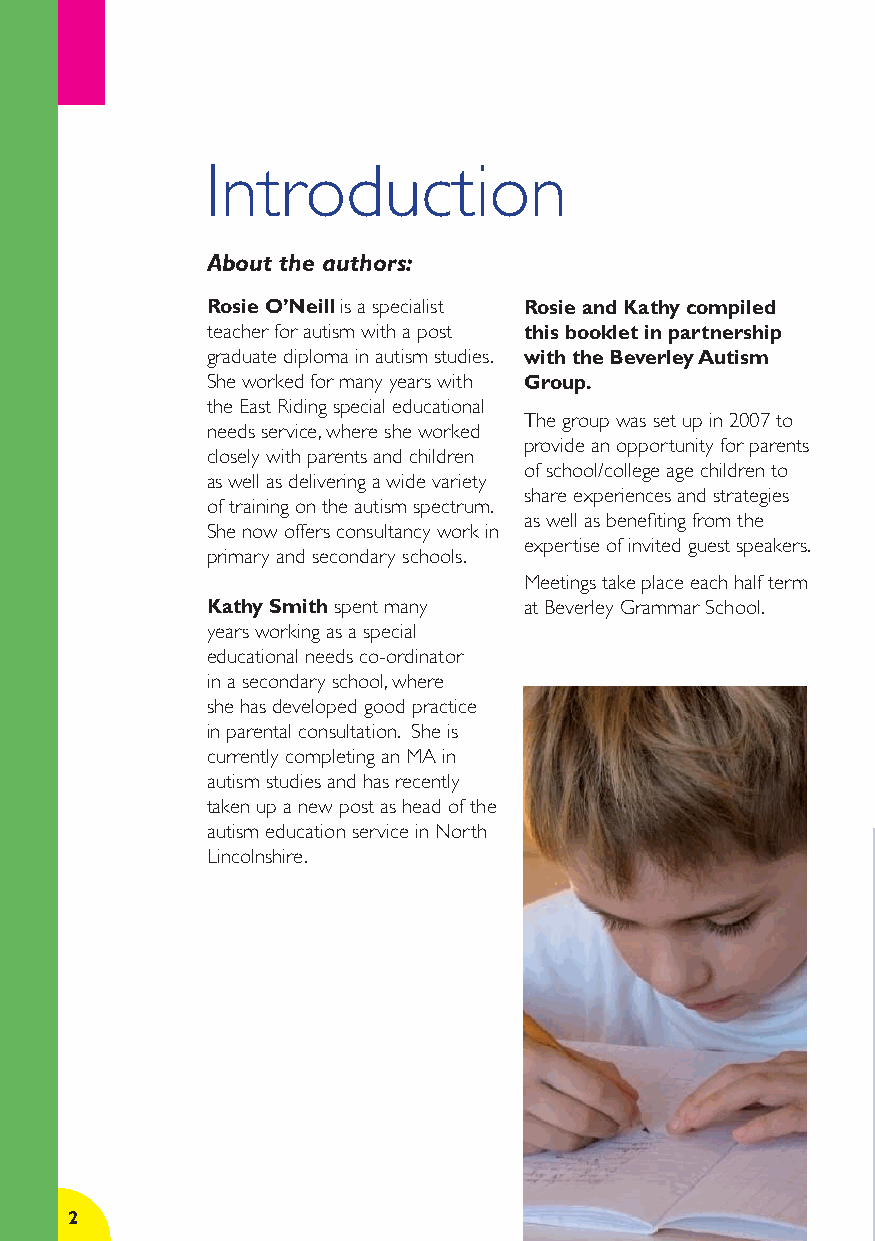
Introduction
 About the authors:
 Rosie O’Neill is a specialist Rosie and Kathy compiled
 teacher for autism with a post this booklet in partnership
 graduate diploma in autism studies. with the Beverley Autism
 She worked for many years with Group.
 the East Riding special educational
 The group was set up in 2007 to
 needs service, where she worked
 provide an opportunity for parents
 closely with parents and children
 of school/college age children to
 as well as delivering a wide variety
 share experiences and strategies
 of training on the autism spectrum.
 as well as benefi ting from the
 She now offers consultancy work in
 expertise of invited guest speakers.
 primary and secondary schools.
 Meetings take place each half term
 Kathy Smith spent many at Beverley Grammar School.
 years working as a special
 educational needs co-ordinator
 in a secondary school, where
 she has developed good practice
 in parental consultation. She is
 currently completing an MA in
 autism studies and has recently
 taken up a new post as head of the
 autism education service in North
 Lincolnshire.
 2